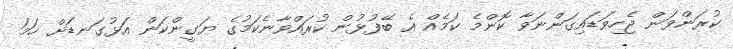
ކުރަންވަން ޖެހިވަޑައިގަންނަވާ ކޮންމެ ކަމެއް އެ ބޭފުޅުން ކުރައްވާނެކަމުގެ ޔަގީންކަން އަޅުގަނޑަށް ހަމަ